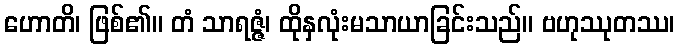
ဟောတိ၊ ဖြစ်၏။ တံ သာရဇ္ဇံ၊ ထိုနှလုံးမသာယာခြင်းသည်။ ဗဟုဿုတဿ၊